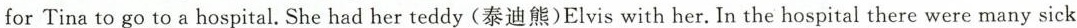
for Tina to go to a hospital.She had her teddy(泰迪熊)Elvis with her. In the hospital there were many sick